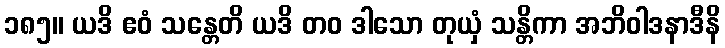
၁၈၅။ ယဒိ ဧဝံ သန္တေတိ ယဒိ တဝ ဒါသော တုယှံ သန္တိကာ အဘိဝါဒနာဒီနိ